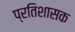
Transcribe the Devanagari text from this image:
प्रतिशासक